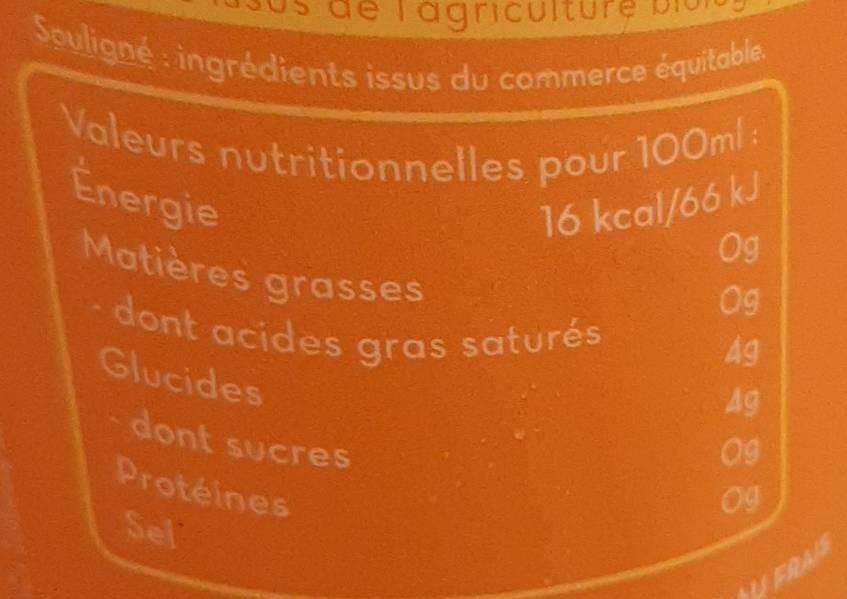
Valeurs nutritionnelles pour 100ml: Souligné ingrédients issus du commerce équitable. Matières grasses
-dont acides gras saturés
agric
dont sucres
100ml:
pour
16 kcal/66 kJ 0g
Energie
Matières grasses
0g
dont acides Glucides
A9
gras saturés
Ag
dont sucres Protéines
09
09
Sel
ERAIS